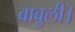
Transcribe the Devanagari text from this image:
बाबुली।